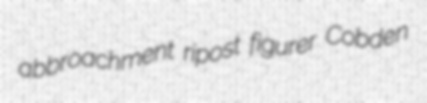
abbroachment ripost figurer Cobden